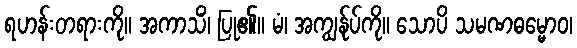
ရဟန်းတရားကို။ အကာသိံ၊ ပြု၏။ မံ၊ အကျွန်ုပ်ကို။ သောပိ သမဏဓမ္မောဝ၊